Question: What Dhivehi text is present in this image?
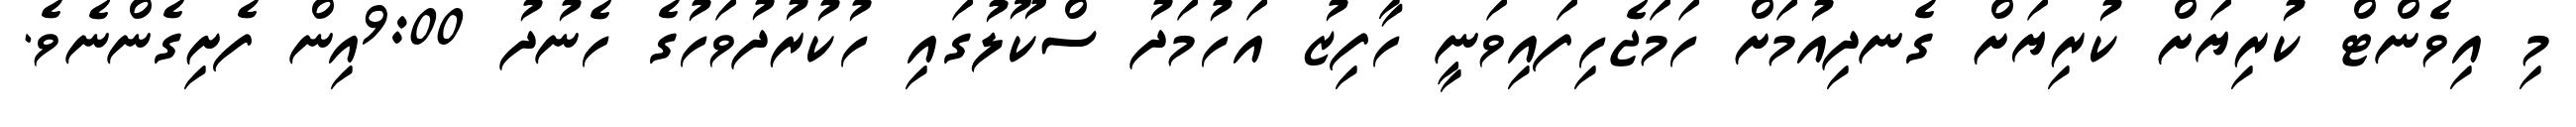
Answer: މި އިވެންޓް ކުރިޔަށް ކުރިޔަށް ގެނދިއުމަށް ހަމަޖެހިފައިވަނީ ހާފިޒު އަހުމަދު ސްކޫލުގައި ހުކުރުދުވަހުގެ ހެނުދު 9:00އިން ފެށިގެންނެވެ.